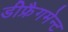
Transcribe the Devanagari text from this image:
डीफ्रैगमेन्ट